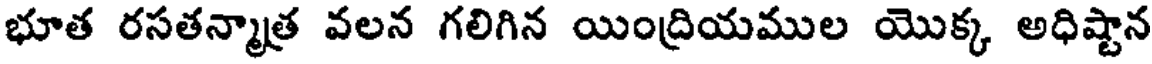
భూత రసతన్మాత్ర వలన గలిగిన యింద్రియముల యొక్క అధిష్టాన